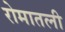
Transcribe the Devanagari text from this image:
रोमातली